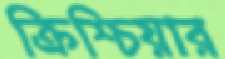
ক্রিশ্চিয়ার